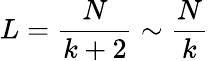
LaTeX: L=\frac{N}{k+2}\sim\frac{N}{k}